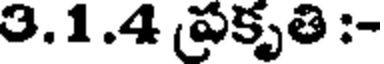
3.1.4 పకృతి :-